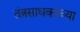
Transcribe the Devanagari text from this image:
तंत्रसाधकांच्या